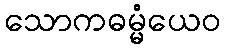
သောကဓမ္မံယေဝ